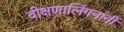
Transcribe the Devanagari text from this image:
वीक्षणालिंगनांनीं